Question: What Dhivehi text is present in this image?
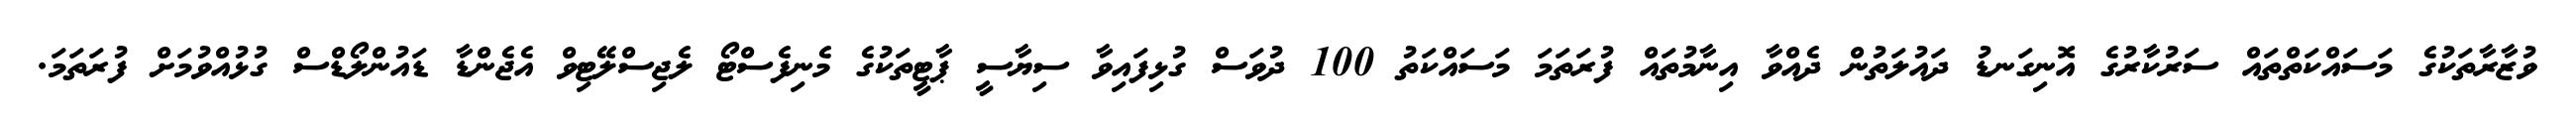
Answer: ވުޒާރާތަކުގެ މަސައްކަތްތައް ސަރުކާރުގެ އޮނިގަނޑު ދައުލަތުން ދެއްވާ އިނާމުތައް ފުރަތަމަ މަސައްކަތު 100 ދުވަސް ގުޅިފައިވާ ސިޔާސީ ޕާޓީތަކުގެ މެނިފެސްޓޯ ލެޖިސްލޭޓިވް އެޖެންޑާ ޑައުންލޯޑްސް ގުޅުއްވުމަށް ފުރަތަމަ.